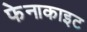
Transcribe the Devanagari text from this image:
फेनाकाइट